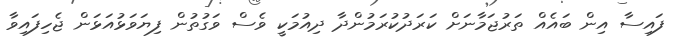
ފައިސާ އިން ބައެއް ތަރުޖަމާނަށް ކަރަދުކުރަމުންދާ ދިއުމަކީ ވެސް ވަގުތުން ފިޔަވަޅުއަޅަން ޖެހިފައިވާ